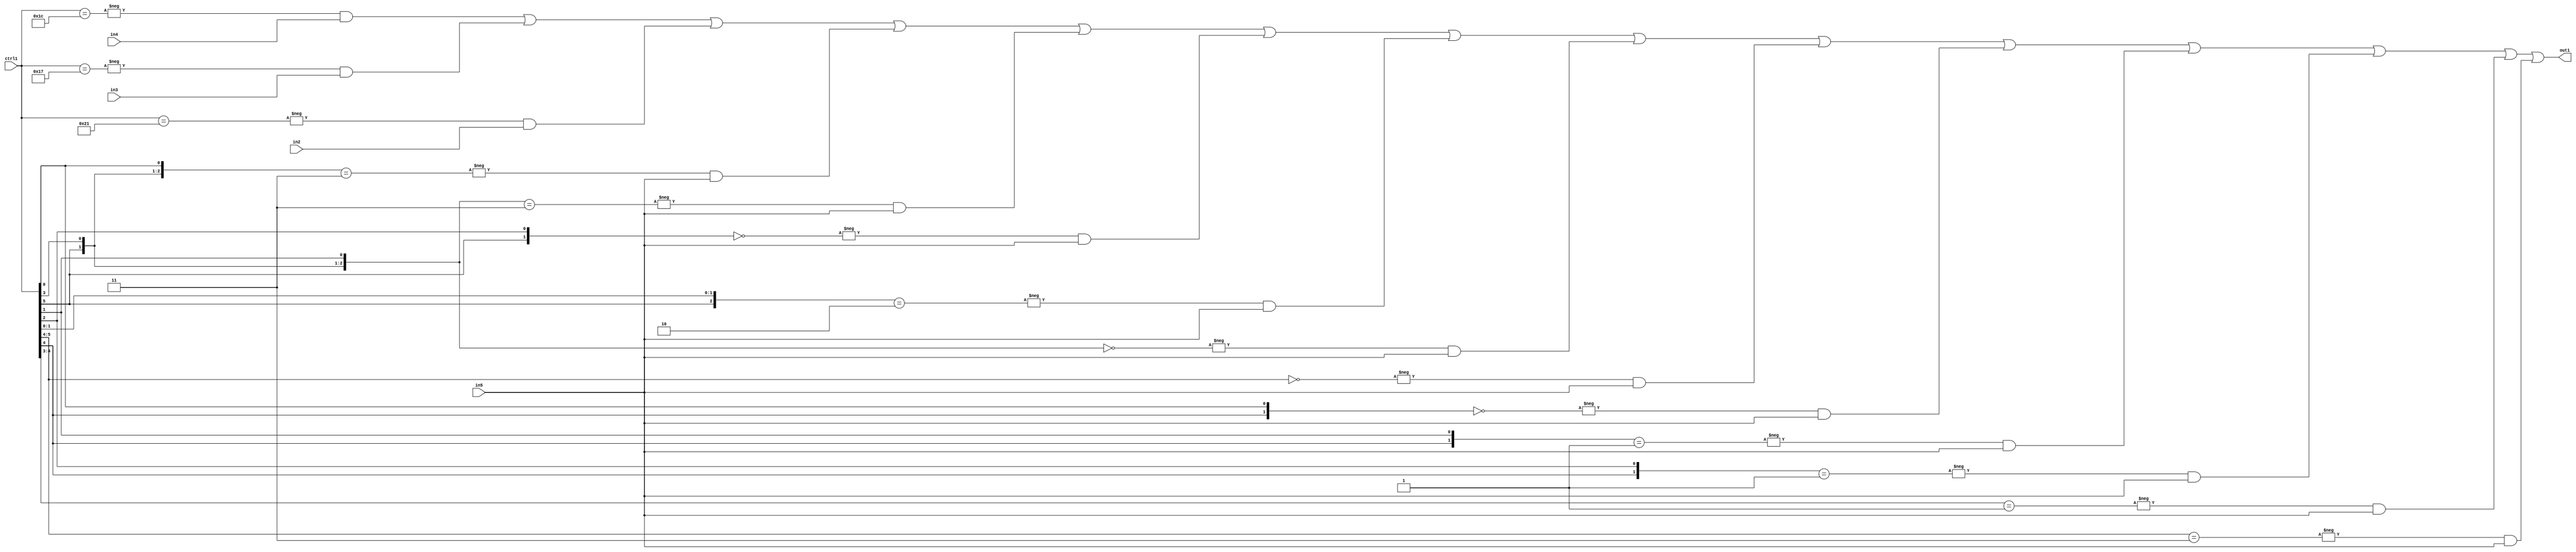
`timescale 1ps / 1ps
/*****************************************************************************
    Verilog RTL Description
    
    
    Created by: Stratus DpOpt 21.05.01 
*******************************************************************************/

module SobelFilter_N_Mux_32_4_52_4 (
	in5,
	in4,
	in3,
	in2,
	ctrl1,
	out1
	); /* architecture "behavioural" */ 
input [31:0] in5;
input [8:0] in4,
	in3,
	in2;
input [5:0] ctrl1;
output [31:0] out1;
wire [31:0] asc001;

assign asc001 = 
	-{ctrl1 == 6'B011100} & in4 |
	-{ctrl1 == 6'B010111} & in3 |
	-{ctrl1 == 6'B100001} & in2 |
	-{{ctrl1[5], ctrl1[3], ctrl1[0]} == 3'B011} & in5 |
	-{{ctrl1[5], ctrl1[3], ctrl1[1]} == 3'B011} & in5 |
	-{{ctrl1[5], ctrl1[2]} == 2'B00} & in5 |
	-{{ctrl1[5], ctrl1[1:0]} == 3'B010} & in5 |
	-{{ctrl1[5], ctrl1[3], ctrl1[1]} == 3'B000} & in5 |
	-{ctrl1[5:4] == 2'B00} & in5 |
	-{{ctrl1[4], ctrl1[0]} == 2'B00} & in5 |
	-{{ctrl1[4], ctrl1[1]} == 2'B01} & in5 |
	-{{ctrl1[4], ctrl1[2]} == 2'B01} & in5 |
	-{ctrl1[4:3] == 2'B01} & in5 |
	-{ctrl1[5:4] == 2'B11} & in5 ;

assign out1 = asc001;
endmodule

/* CADENCE  vLnwQgo= : u9/ySxbfrwZIxEzHVQQV8Q== ** DO NOT EDIT THIS LINE ******/